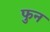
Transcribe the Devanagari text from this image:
फुन